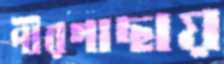
পীরগাছায়